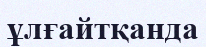
ұлғайтқанда